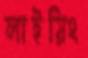
লাইয়িং